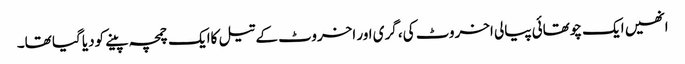
انھیں ایک چوتھائی پیالی اخروٹ کی، گری اور اخروٹ کے تیل کاایک چمچہ پینے کودیا گیا تھا۔